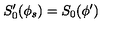
S _ { 0 } ^ { \prime } ( \phi _ { s } ) = S _ { 0 } ( \phi ^ { \prime } )